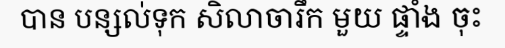
បាន បន្សល់ទុក សិលាចារឹក មួយ ផ្ទាំង ចុះ